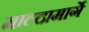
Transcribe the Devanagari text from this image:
माल्दामार्गे